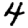
Digit: 4